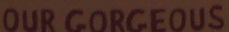
OUR GORGEOUS